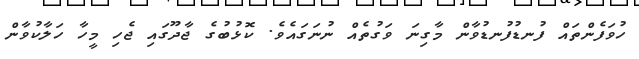
ހުވަފެންތައް ފުނޑުފުނޑުވާން މާގިނަ ވަގުތެއް ނުނަގައެވެ. ކޮޅުބުގެ ޖާދޫގައި ޖެހި މީހާ ހަލާކުވާން